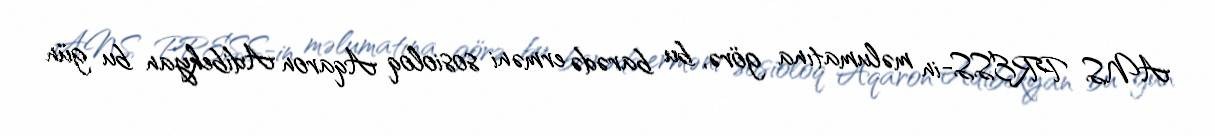
ANS PRESS-in məlumatına görə, bu barədə erməni sosioloq Aqaron Adibekyan bu gün